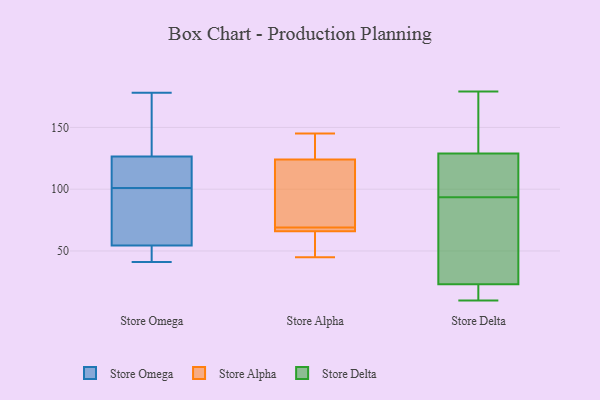
{"axis": {"x": "Customer Acquisition Cost (USD)", "y": "Value"}, "legend": ["Store Alpha", "Store Delta", "Store Omega"], "data": [{"x": "", "y": 43, "type": "Store Omega"}, {"x": "", "y": 115, "type": "Store Omega"}, {"x": "", "y": 116, "type": "Store Omega"}, {"x": "", "y": 178, "type": "Store Omega"}, {"x": "", "y": 41, "type": "Store Omega"}, {"x": "", "y": 56, "type": "Store Omega"}, {"x": "", "y": 130, "type": "Store Omega"}, {"x": "", "y": 143, "type": "Store Omega"}, {"x": "", "y": 101, "type": "Store Omega"}, {"x": "", "y": 95, "type": "Store Omega"}, {"x": "", "y": 54, "type": "Store Omega"}, {"x": "", "y": 121, "type": "Store Alpha"}, {"x": "", "y": 67, "type": "Store Alpha"}, {"x": "", "y": 145, "type": "Store Alpha"}, {"x": "", "y": 125, "type": "Store Alpha"}, {"x": "", "y": 69, "type": "Store Alpha"}, {"x": "", "y": 69, "type": "Store Alpha"}, {"x": "", "y": 45, "type": "Store Alpha"}, {"x": "", "y": 65, "type": "Store Alpha"}, {"x": "", "y": 138, "type": "Store Alpha"}, {"x": "", "y": 62, "type": "Store Alpha"}, {"x": "", "y": 145, "type": "Store Alpha"}, {"x": "", "y": 69, "type": "Store Alpha"}, {"x": "", "y": 141, "type": "Store Alpha"}, {"x": "", "y": 66, "type": "Store Alpha"}, {"x": "", "y": 49, "type": "Store Alpha"}, {"x": "", "y": 72, "type": "Store Alpha"}, {"x": "", "y": 66, "type": "Store Alpha"}, {"x": "", "y": 99, "type": "Store Alpha"}, {"x": "", "y": 90, "type": "Store Alpha"}, {"x": "", "y": 75, "type": "Store Delta"}, {"x": "", "y": 49, "type": "Store Delta"}, {"x": "", "y": 82, "type": "Store Delta"}, {"x": "", "y": 152, "type": "Store Delta"}, {"x": "", "y": 129, "type": "Store Delta"}, {"x": "", "y": 23, "type": "Store Delta"}, {"x": "", "y": 110, "type": "Store Delta"}, {"x": "", "y": 155, "type": "Store Delta"}, {"x": "", "y": 23, "type": "Store Delta"}, {"x": "", "y": 12, "type": "Store Delta"}, {"x": "", "y": 129, "type": "Store Delta"}, {"x": "", "y": 70, "type": "Store Delta"}, {"x": "", "y": 10, "type": "Store Delta"}, {"x": "", "y": 105, "type": "Store Delta"}, {"x": "", "y": 179, "type": "Store Delta"}, {"x": "", "y": 161, "type": "Store Delta"}, {"x": "", "y": 111, "type": "Store Delta"}, {"x": "", "y": 18, "type": "Store Delta"}]}